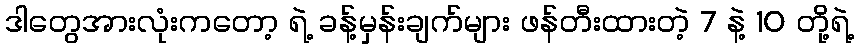
ဒါတွေအားလုံးကတော့ ရဲ့ ခန့်မှန်းချက်များ ဖန်တီးထားတဲ့ 7 နဲ့ 10 တို့ရဲ့